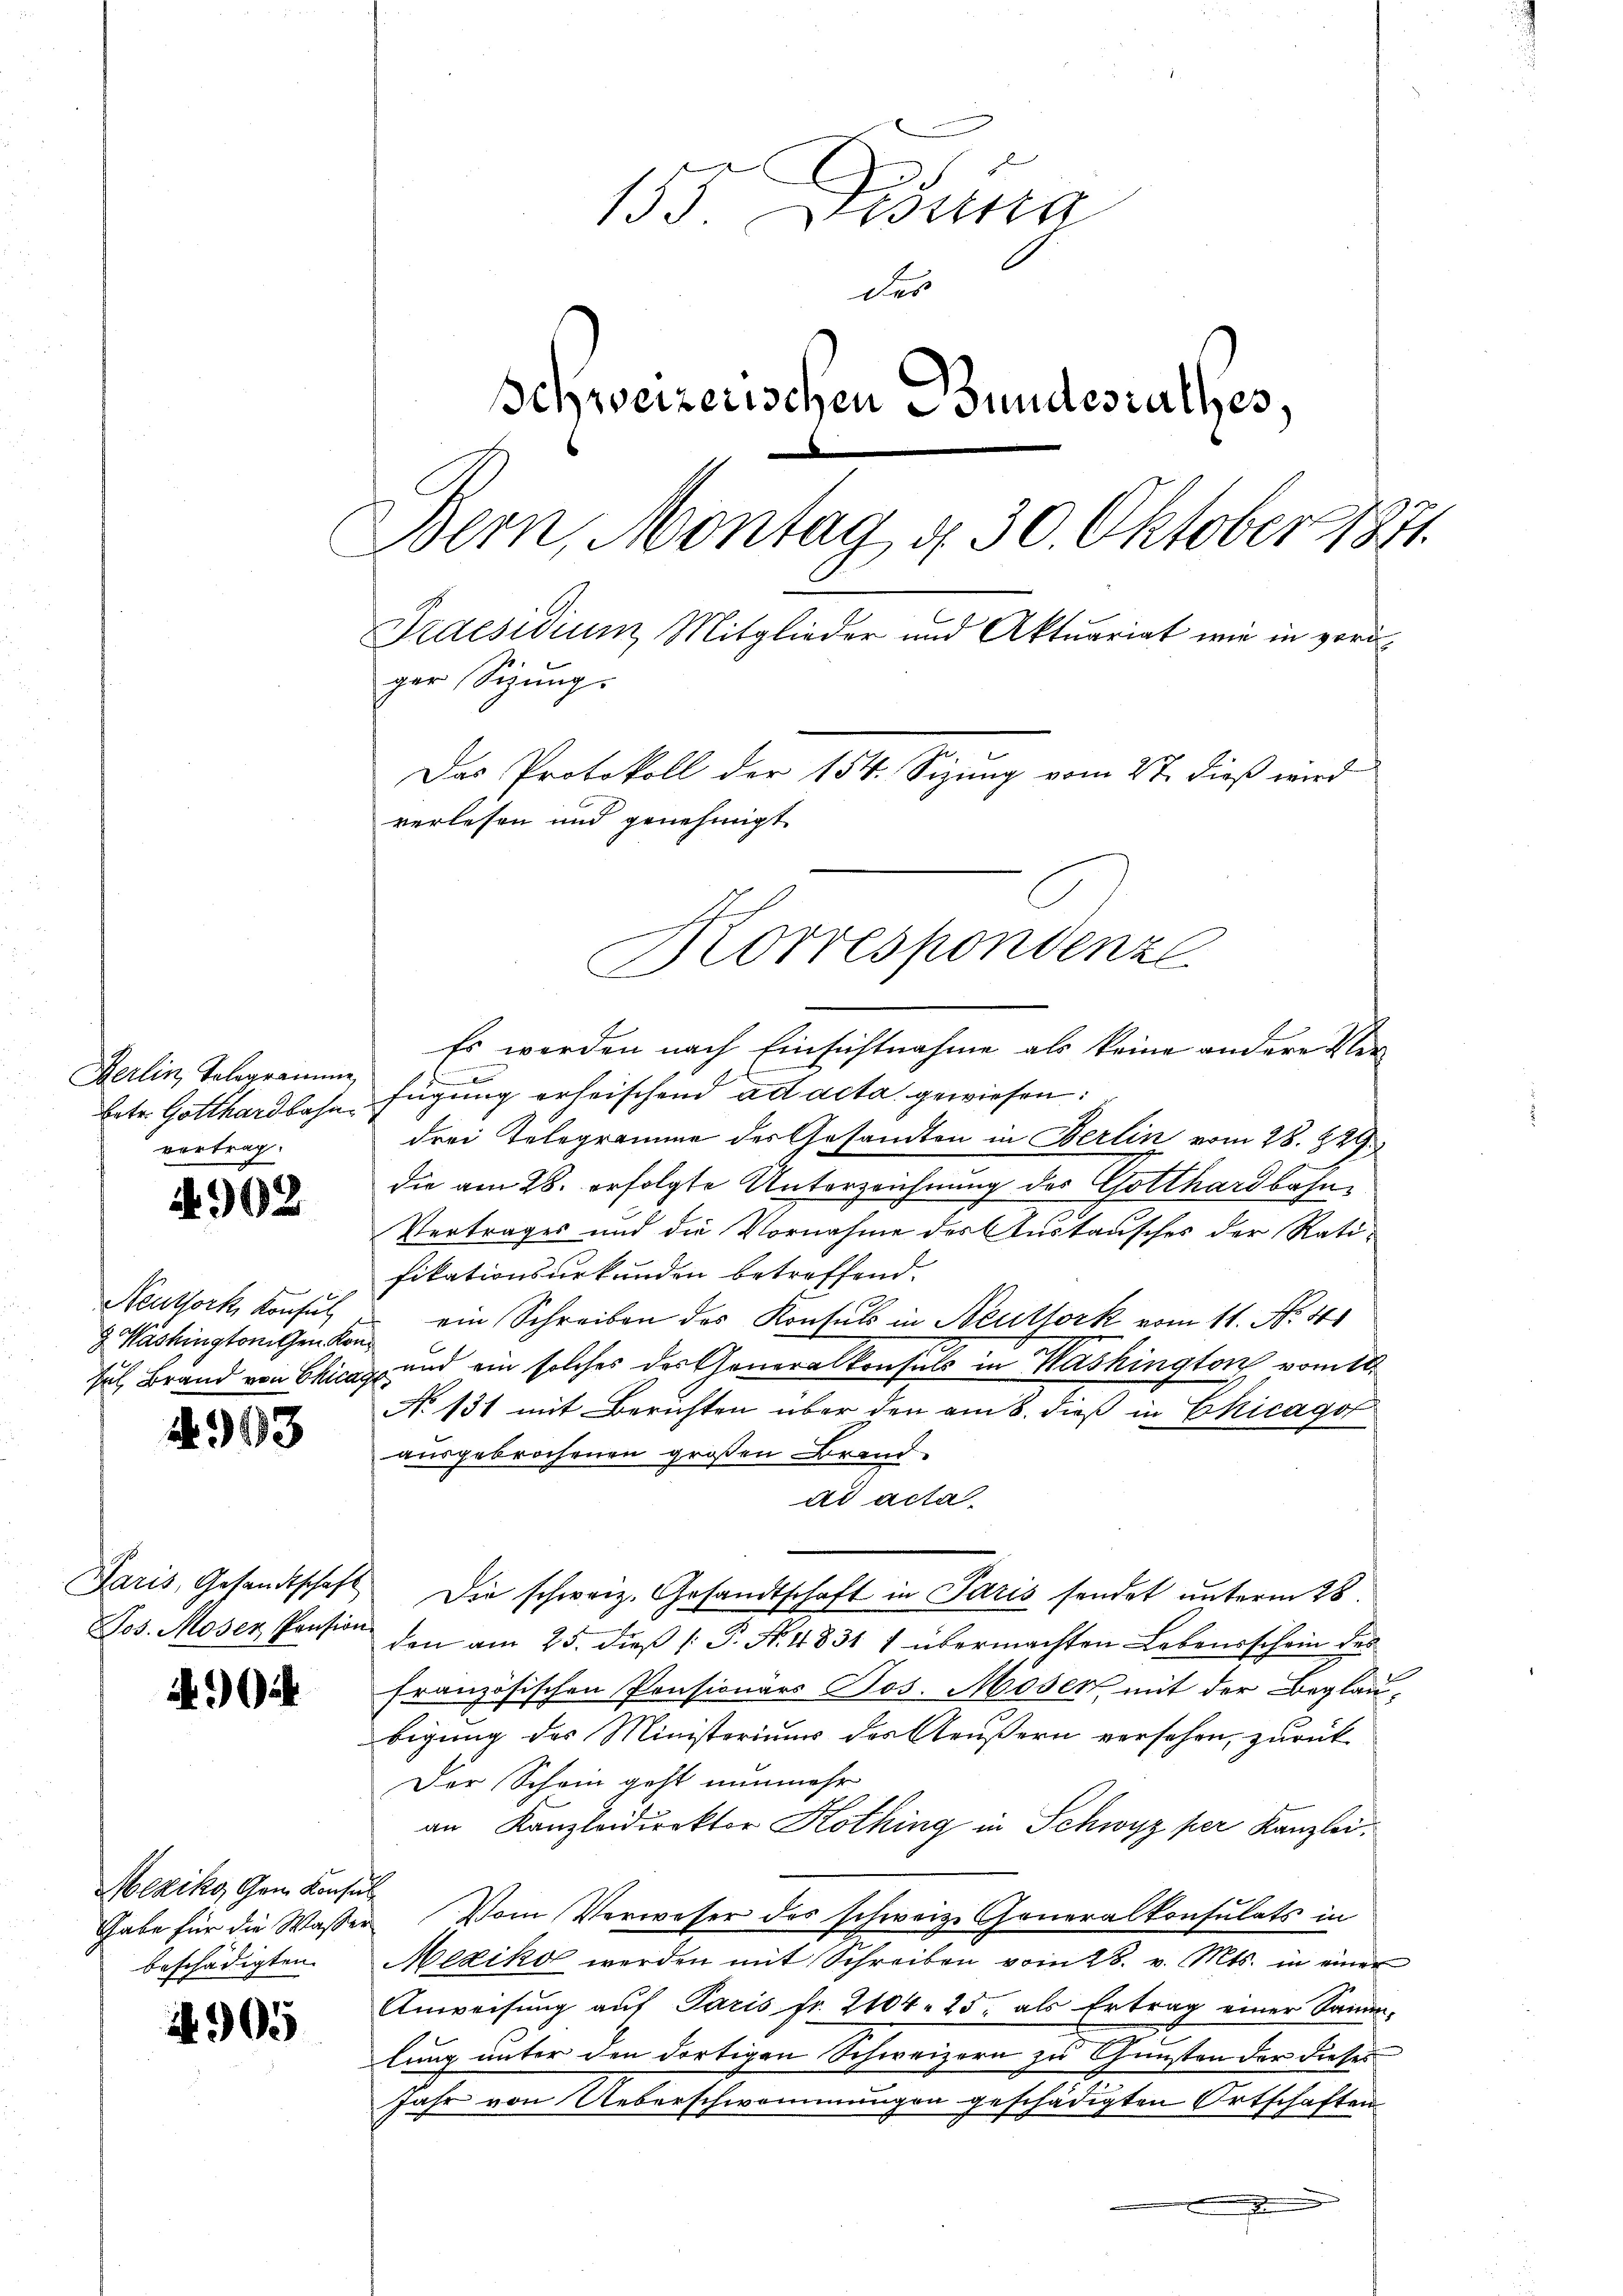
Herlin, Telegramme
betr. Gotthardbahn
vortrag.

N 902

Neuthork Konsul
 Washingtonitzen kon
sul Brand von Chica

N.93

Paris, Gesandtschaft
Jos. Moser Pension

94

Mexiko Gom Konse
Gabe für die Wasse.
beschädigten.

905

155. Disena
des
Schweizerischen Bundesrathes,
Bern, Montag d. 30 Oktober 1871.
Praesidium Mitglieder und Aktuariat wie in voriger Sizung.
Das Protokoll der 154. Sizung vom 2t. dieß wird
verlesen und genehmigt

Korrespondenze

Es werden nach Einsichtnahme als keine andere Verfügung erheischend ad acta gewiesen:
drei Telegramme des Gesandten in Berlin vom 28. 829
die am 28. erfolgte Unterzeichnung des Gotthardbahn¬
Vertrages und die Vornahme des Austausches der Ratifikationsurkunden betreffend.
ein Schreiben des Konsuls in Neuthork vom 11. No. 4
und ein solches das Generalkonsuls in Washington vom 21.
.
No 131 mit Beruhten über den am 8. dieß in Chicagot
ausgebrochenen großen Brand-
ad acta.
Die schweiz. Gesandtschaft in Paris sendet unterm 28.
den am 25. dieß P. N. 4831 1 übermachten Lebensschein des
französischen Pensionars Jos. Moser mit der Beglaubigung des Ministeriums des Aeußern versehen, zurück-
Der Schein geht nunmehr
an Kanzleidirektor Kothing in Schwyz per Kanzlei.
f
 Vom Verweser des schweiz. Generalkonsulats in
Mexiko werden mit Schreiben vom 28. v. Mts. in einer
Anweisung auf Paris fr. 2104. 25 als Ertrag einer Sander-
.
lung unter den dortigen Schweizern zu Gunsten der dieses
Jahr von Ueberschwommungen geschädigten Ortschaften
s